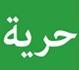
حرية